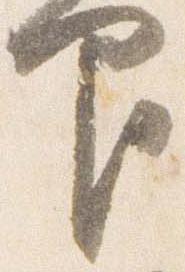
印